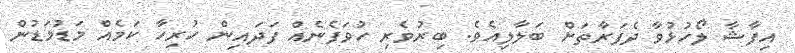
އިފާޝާ ލޯހުޅުވާ ދެފަރާތަށް ބަލާލިއެވެ. ބިރުވެރި ހުވަފެނެއް ފަދައިން ހުރިހާ ކަމެއް މަޑުމަޑުން